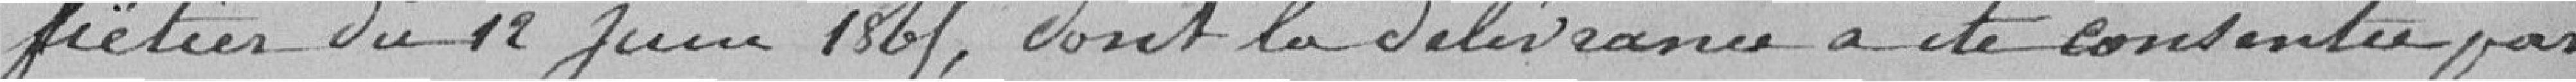
FIETIER? du 12 juin, 1865, dont la délivrance a été consentie par